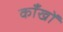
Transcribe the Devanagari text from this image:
काँखों